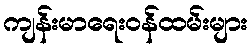
ကျန်းမာရေးဝန်ထမ်းများ